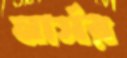
নার্সর